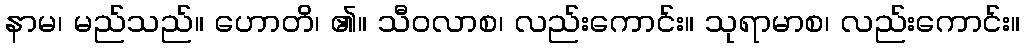
နာမ၊ မည်သည်။ ဟောတိ၊ ၏။ သီဝလာစ၊ လည်းကောင်း။ သုရာမာစ၊ လည်းကောင်း။